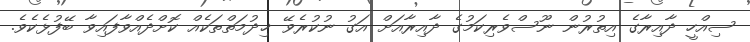
ސިއްހީ ދާއިރާގެ އިތުރުން ނޫސްވެރިކަމުގެ ދާއިރާއަށް އަގު ނުކުރެވޭ ޚިދުމަތްތަކެއް ކޮށްދެއްވާފައިވާ ބޭފުޅެކެވެ.